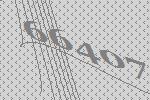
66407